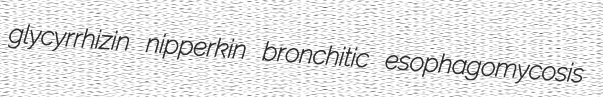
glycyrrhizin nipperkin bronchitic esophagomycosis